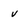
Character: v